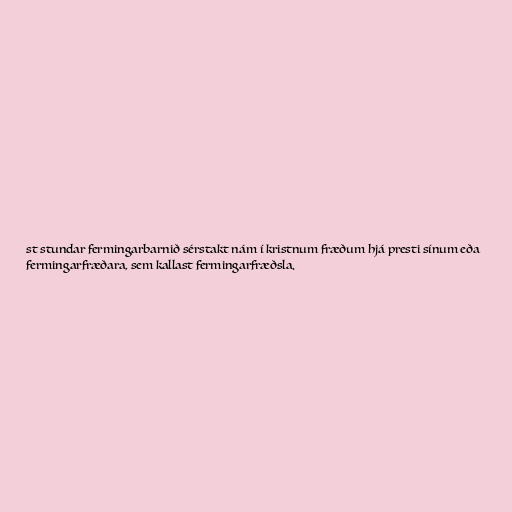
st stundar fermingarbarnið sérstakt nám í kristnum fræðum hjá presti sínum eða
fermingarfræðara, sem kallast fermingarfræðsla.